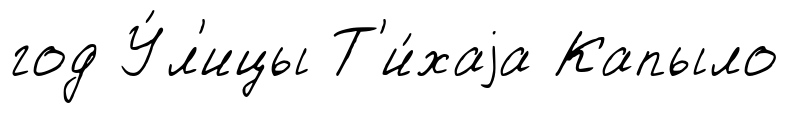
год У́л'ицы Т'и́хаjа Капыло